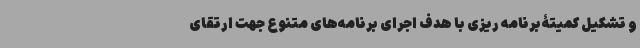
و تشکیل کمیتۀبرنامه ریزی با هدف اجرای برنامه‌های متنوع جهت ارتقای